Lunatic asylums in Bengal annual reports 1899-1911 - 1899-1911
Year: 1899
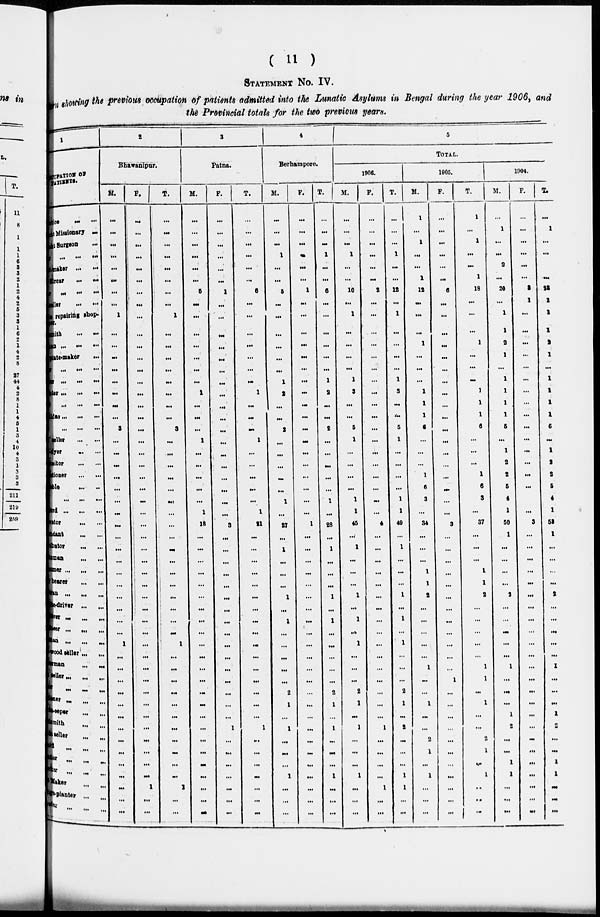
( 11 )
STATEMENT No. IV.
rn showing the previous occupation of patients admitted into the Lunatic Asylums in Bengal during the year 1906, and
the Provincial totals for the two previous years.
1
OCCUPATION OF
PATIENTS.
atice ... ...
Missionary
...
Assistant Surgeon ...
... ... ...
- maker
...
...
Sirear ... ...
... ... ...
seller
...
...
Cycle reparing shop-
keeper.
Blacksmith
...
...
an ...
...
...
Basket-maker
...
... ... ...
... ... ...
ter ... ... ...
... ... ...
dar ... ... ...
...
...
...
seller ... ...
dyer ... ...
sitor
...
...
tioner ... ...
Constable ... ...
...
...
...
ward
...
...
...
vator
...
...
dant
...
...
Distributor
...
...
tsman ... ...
amer ... ... ...
bearer ... ...
tan ... ... ...
-driver
...
...
ver ... ... ...
seer ... ... ...
man ... ... ...
wood seller ... ...
rman ... ...
seller ... ... ...
r ... ... ...
ner ... ...
Gate-keeper ... ...
Goldsmith
...
...
seller ...
...
...
... ...
ler ... ... ...
ker
... ... ...
maker ... ...
-planter
... ...
dler ...
... ...
2
Bhawanipur.
M.
...
...
...
...
...
...
...
...
1
...
...
...
...
...
...
...
...
3
...
...
...
...
...
...
...
...
...
...
...
...
...
...
...
...
...
1
...
...
...
...
...
...
...
...
...
...
...
...
...
...
F.
...
...
...
...
...
...
...
...
...
...
...
...
...
...
...
...
...
...
...
...
...
...
...
...
...
...
...
...
...
...
...
...
...
...
...
...
...
...
...
...
...
...
...
...
...
...
...
1
...
...
T.
...
...
...
...
...
...
...
...
1
...
...
...
...
...
...
...
...
3
...
...
...
...
...
...
...
...
...
...
...
...
...
...
...
...
...
1
...
...
...
...
...
...
...
...
...
...
...
1
...
...
3
Patna.
M.
...
...
...
...
...
...
5
...
...
...
...
...
...
...
1
...
...
...
1
...
...
...
...
...
1
18
...
...
...
...
...
...
...
...
...
...
...
...
...
...
...
...
...
...
...
...
...
...
...
...
F.
...
...
...
...
...
...
1
...
...
...
...
...
...
...
...
...
...
...
...
...
...
...
...
...
...
3
...
...
...
...
...
...
...
...
...
...
...
...
...
...
...
...
1
...
...
...
...
...
...
...
T.
...
...
...
...
...
...
6
...
...
...
...
...
...
...
1
...
...
...
1
...
...
...
...
...
1
21
...
...
...
...
...
...
...
...
...
...
...
...
...
...
...
...
1
...
...
...
...
...
...
...
4
Berhampore.
M.
...
...
...
1
...
...
5
...
...
...
...
...
...
1
2
...
...
2
...
...
...
...
...
1
...
27
...
1
...
...
...
1
...
1
...
...
...
...
...
2
1
...
1
...
...
...
1
...
...
...
F.
...
...
...
...
...
...
1
...
...
...
...
...
...
...
...
...
...
...
...
...
...
...
...
...
...
1
...
...
...
...
...
...
...
...
...
...
...
...
...
...
...
...
...
...
...
...
...
...
...
...
T.
...
...
...
1
...
...
6
...
...
...
...
...
...
1
2
...
...
2
...
...
...
...
...
1
...
28
...
1
...
...
...
1
...
1
...
...
...
...
...
2
1
...
1
...
...
...
1
...
...
...
5
TOTAL.
1906.
M.
...
...
...
1
...
...
10
...
1
...
...
...
...
1
3
...
...
5
1
...
...
...
...
1
1
45
...
1
...
...
...
1
...
1
...
1
...
...
...
2
1
...
1
...
...
...
1
...
...
...
F.
...
...
...
...
...
...
2
...
...
...
...
...
...
...
...
...
...
...
...
...
...
...
...
...
...
4
...
...
...
...
...
...
...
...
...
...
...
...
...
...
...
...
1
...
...
...
...
1
...
...
T.
...
...
...
1
...
...
12
...
1
...
...
...
...
1
3
...
...
5
1
...
...
...
...
1
1
49
...
...
...
...
...
1
...
1
...
1
...
...
...
2
1
...
2
...
...
...
1
1
...
...
1905.
M.
1
...
1
...
...
1
12
...
...
...
1
...
...
...
1
1
1
6
...
...
...
1
6
3
...
34
...
...
...
1
1
2
...
...
...
...
...
1
...
...
1
...
...
2
1
...
1
...
...
...
F.
...
...
...
...
...
...
6
...
...
...
...
...
...
...
...
...
...
...
...
...
...
...
...
...
...
3
...
...
...
...
...
...
...
...
...
...
...
...
1
...
...
...
...
...
...
...
...
...
...
...
T.
1
...
1
...
...
1
18
...
...
...
1
...
...
...
1
1
1
6
...
...
...
1
6
3
...
37
...
...
...
1
1
2
...
...
...
...
...
1
1
...
1
...
...
2
1
...
1
...
...
...
1904.
M.
...
1
...
...
2
...
20
...
1
1
2
1
...
1
1
1
1
5
...
1
2
2
5
4
1
50
1
...
...
...
...
2
...
...
...
...
...
1
...
...
...
1
2
...
...
1
1
...
...
...
F.
...
...
...
...
...
...
2
1
...
...
...
...
...
...
...
...
...
...
...
...
...
...
...
...
...
3
...
...
...
...
...
...
...
...
...
...
...
...
...
...
...
...
...
...
...
...
...
...
...
...
T.
...
1
...
...
...
22
1
1
1
2
1
...
1
1
1
1
5
...
1
2
2
5
4
1
53
1
...
...
...
...
2
...
...
...
...
...
1
...
...
...
1
2
...
...
1
1
...
...
...